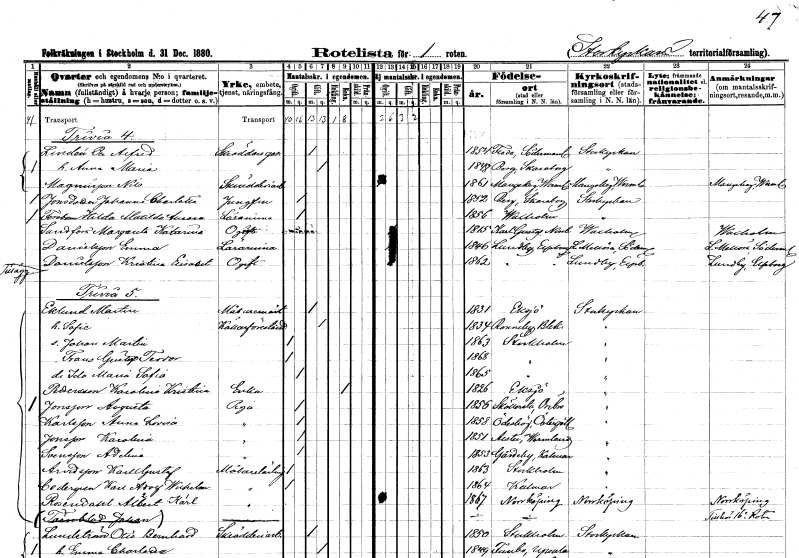
gt_parse: households: individuals: FN: Per Alfred
EN: Lindén
YRKE: Skräddaregesäll
KON: M
CIV: G
FODAR: 1854
FODFORS: Floda Södermanlands län
FN: Anna Maria
KON: K
CIV: G
FODAR: 1848
FODFORS: Berg Skaraborgs län
FN: Nils
EN: Magnusson
YRKE: Skrädderiarbetare
KON: M
CIV: O
FODAR: 1861
FODFORS: Mangskog Värmlands län
FN: Johanna Charlotta
EN: Jonsdotter
YRKE: Jungfru
KON: K
CIV: O
FODAR: 1852
FODFORS: Berg Skaraborgs län
FN: Hilda Matilda Aurora
EN: Forsbom
YRKE: Lärarinna
KON: K
CIV: O
FODAR: 1856
FODFORS: Vaxholm Stockholms län
FN: Margareta Katarina
EN: Sandfors
KON: K
CIV: O
FODAR: 1815
FODFORS: Karl Gustav Norrbottens län
FN: Emma
EN: Danielsson
YRKE: Lärarinna
KON: K
CIV: O
FODAR: 1846
FODFORS: Lundby Älvsborgs län
FN: Kristina Elisabet
EN: Danielsson
KON: K
CIV: O
FODAR: 1862
FODFORS: Lundby Älvsborgs län
FN: Martin
EN: Eklund
YRKE: Målarmästare
KON: M
CIV: G
FODAR: 1831
FODFORS: Eksjö Jönköpings län
FN: Sofia
YRKE: Källarförestånderska
KON: K
CIV: G
FODAR: 1834
FODFORS: Ronneby Blekinge län
FN: Johan Martin
KON: M
CIV: O
FODAR: 1863
FODFORS: Stockholm
FN: Frans Gustaf Teodor
KON: M
CIV: O
FODAR: 1868
FODFORS: Stockholm
FN: Ida Maria Sofia
KON: K
CIV: O
FODAR: 1865
FODFORS: Stockholm
FN: Karolina Kristina
EN: Pettersson
YRKE: Änka
KON: K
CIV: E
FODAR: 1826
FODFORS: Eksjö Jönköpings län
FN: Augusta
EN: Jonsson
YRKE: Piga
KON: K
CIV: O
FODAR: 1856
FODFORS: Sköllersta Örebro län
FN: Anna Lovisa
EN: Karlsson
YRKE: Piga
KON: K
CIV: O
FODAR: 1858
FODFORS: Ödeshög Östergötlands län
FN: Karolina
EN: Jonsson
YRKE: Piga
KON: K
CIV: O
FODAR: 1851
FODFORS: Alster Värmlands län
FN: Adelina
EN: Svensson
YRKE: Piga
KON: K
CIV: O
FODAR: 1853
FODFORS: Gårdeby Östergötlands län
FN: Karl Gustaf
EN: Arvidsson
YRKE: Målarelärling
KON: M
CIV: O
FODAR: 1863
FODFORS: Stockholm
FN: Karl Adolf Wilhelm
EN: Cedergren
YRKE: Målarelärling
KON: M
CIV: O
FODAR: 1864
FODFORS: Kalmar Kalmar län
FN: Albert Karl
EN: Rosendahl
YRKE: Målarelärling
KON: M
CIV: O
FODAR: 1867
FODFORS: Norrköping Östergötlands län